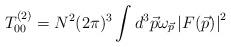
LaTeX: \begin{align*}T^{(2)}_{00} = { N^2(2\pi)^3} \int{{d^3\vec{p} \omega_{\vec{p}}}\left|F(\vec{p})\right|^2}\end{align*}